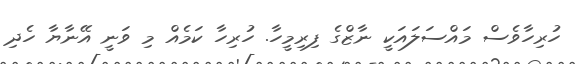
ހުރިހާވެސް މައްސަލައަކީ ނާޒްގެ ފިރިމީހާ. ހުރިހާ ކަމެއް މި ވަނީ އޭނާޔާ ހެދި